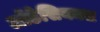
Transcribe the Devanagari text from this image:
ऑडेसियक्स